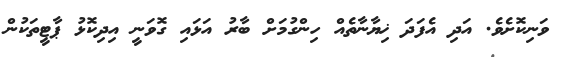
ވަނިކޮށެވެ. އަދި އެފަދަ ޚިޔާނާތެއް ހިންގުމަށް ބާރު އަޅައި ގޮވަނީ އިދިިކޮޅު ޕާޓީތަކުން